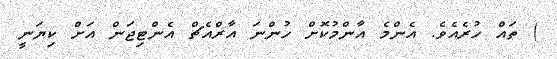
) ތައް ހުރެއެވެ. އެންމެ އާންމުކޮށް ހުންނަ އާރްއެޗް އެންޓިޖަން އަށް ކިޔަނީ